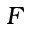
F